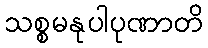
သစ္စမနုပါပုဏာတိ